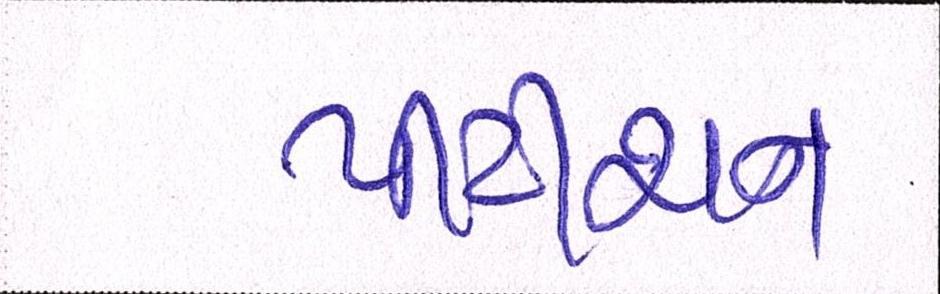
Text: પીટીશન